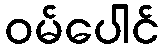
ဝမ်ပေါင်